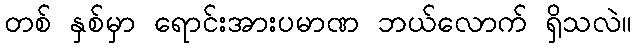
တစ် နှစ်မှာ ရောင်းအားပမာဏ ဘယ်လောက် ရှိသလဲ။